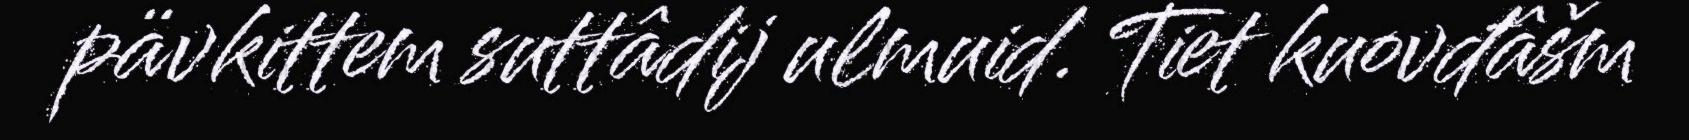
pävkittem suttâdij ulmuid. Tiet kuovđâšm